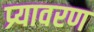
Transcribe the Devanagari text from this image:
प्र्यावरण